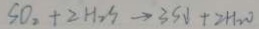
S O _ { 2 } + 2 H _ { 2 } S \rightarrow 3 S \downarrow + 2 H _ { 2 } O